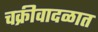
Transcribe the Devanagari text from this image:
चक्रीवादळात